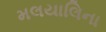
મલયાલિના